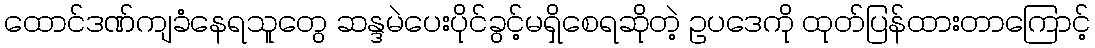
ထောင်ဒဏ်ကျခံနေရသူတွေ ဆန္ဒမဲပေးပိုင်ခွင့်မရှိစေရဆိုတဲ့ ဥပဒေကို ထုတ်ပြန်ထားတာကြောင့်